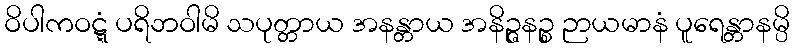
ဝိပါကဝဋ္ဋံ ပရိဘဝါမိ သပုတ္တာယ အနန္တာယ အနိဉ္ဇနဉ္စ ဉာယမာနံ ပူရေန္တာနမ္ပိ